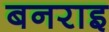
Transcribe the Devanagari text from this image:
बनराइ